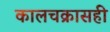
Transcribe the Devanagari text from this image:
कालचक्रासही